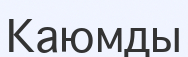
Каюмды